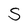
Character: S